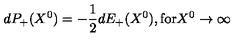
d P _ { + } ( X ^ { 0 } ) = - \frac { 1 } { 2 } d E _ { + } ( X ^ { 0 } ) , \mathrm { f o r } X ^ { 0 } \rightarrow \infty